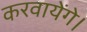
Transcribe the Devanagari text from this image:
करवायेंगे।